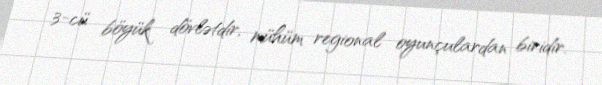
3-cü böyük dövlətdir, mühüm regional oyunçulardan biridir.